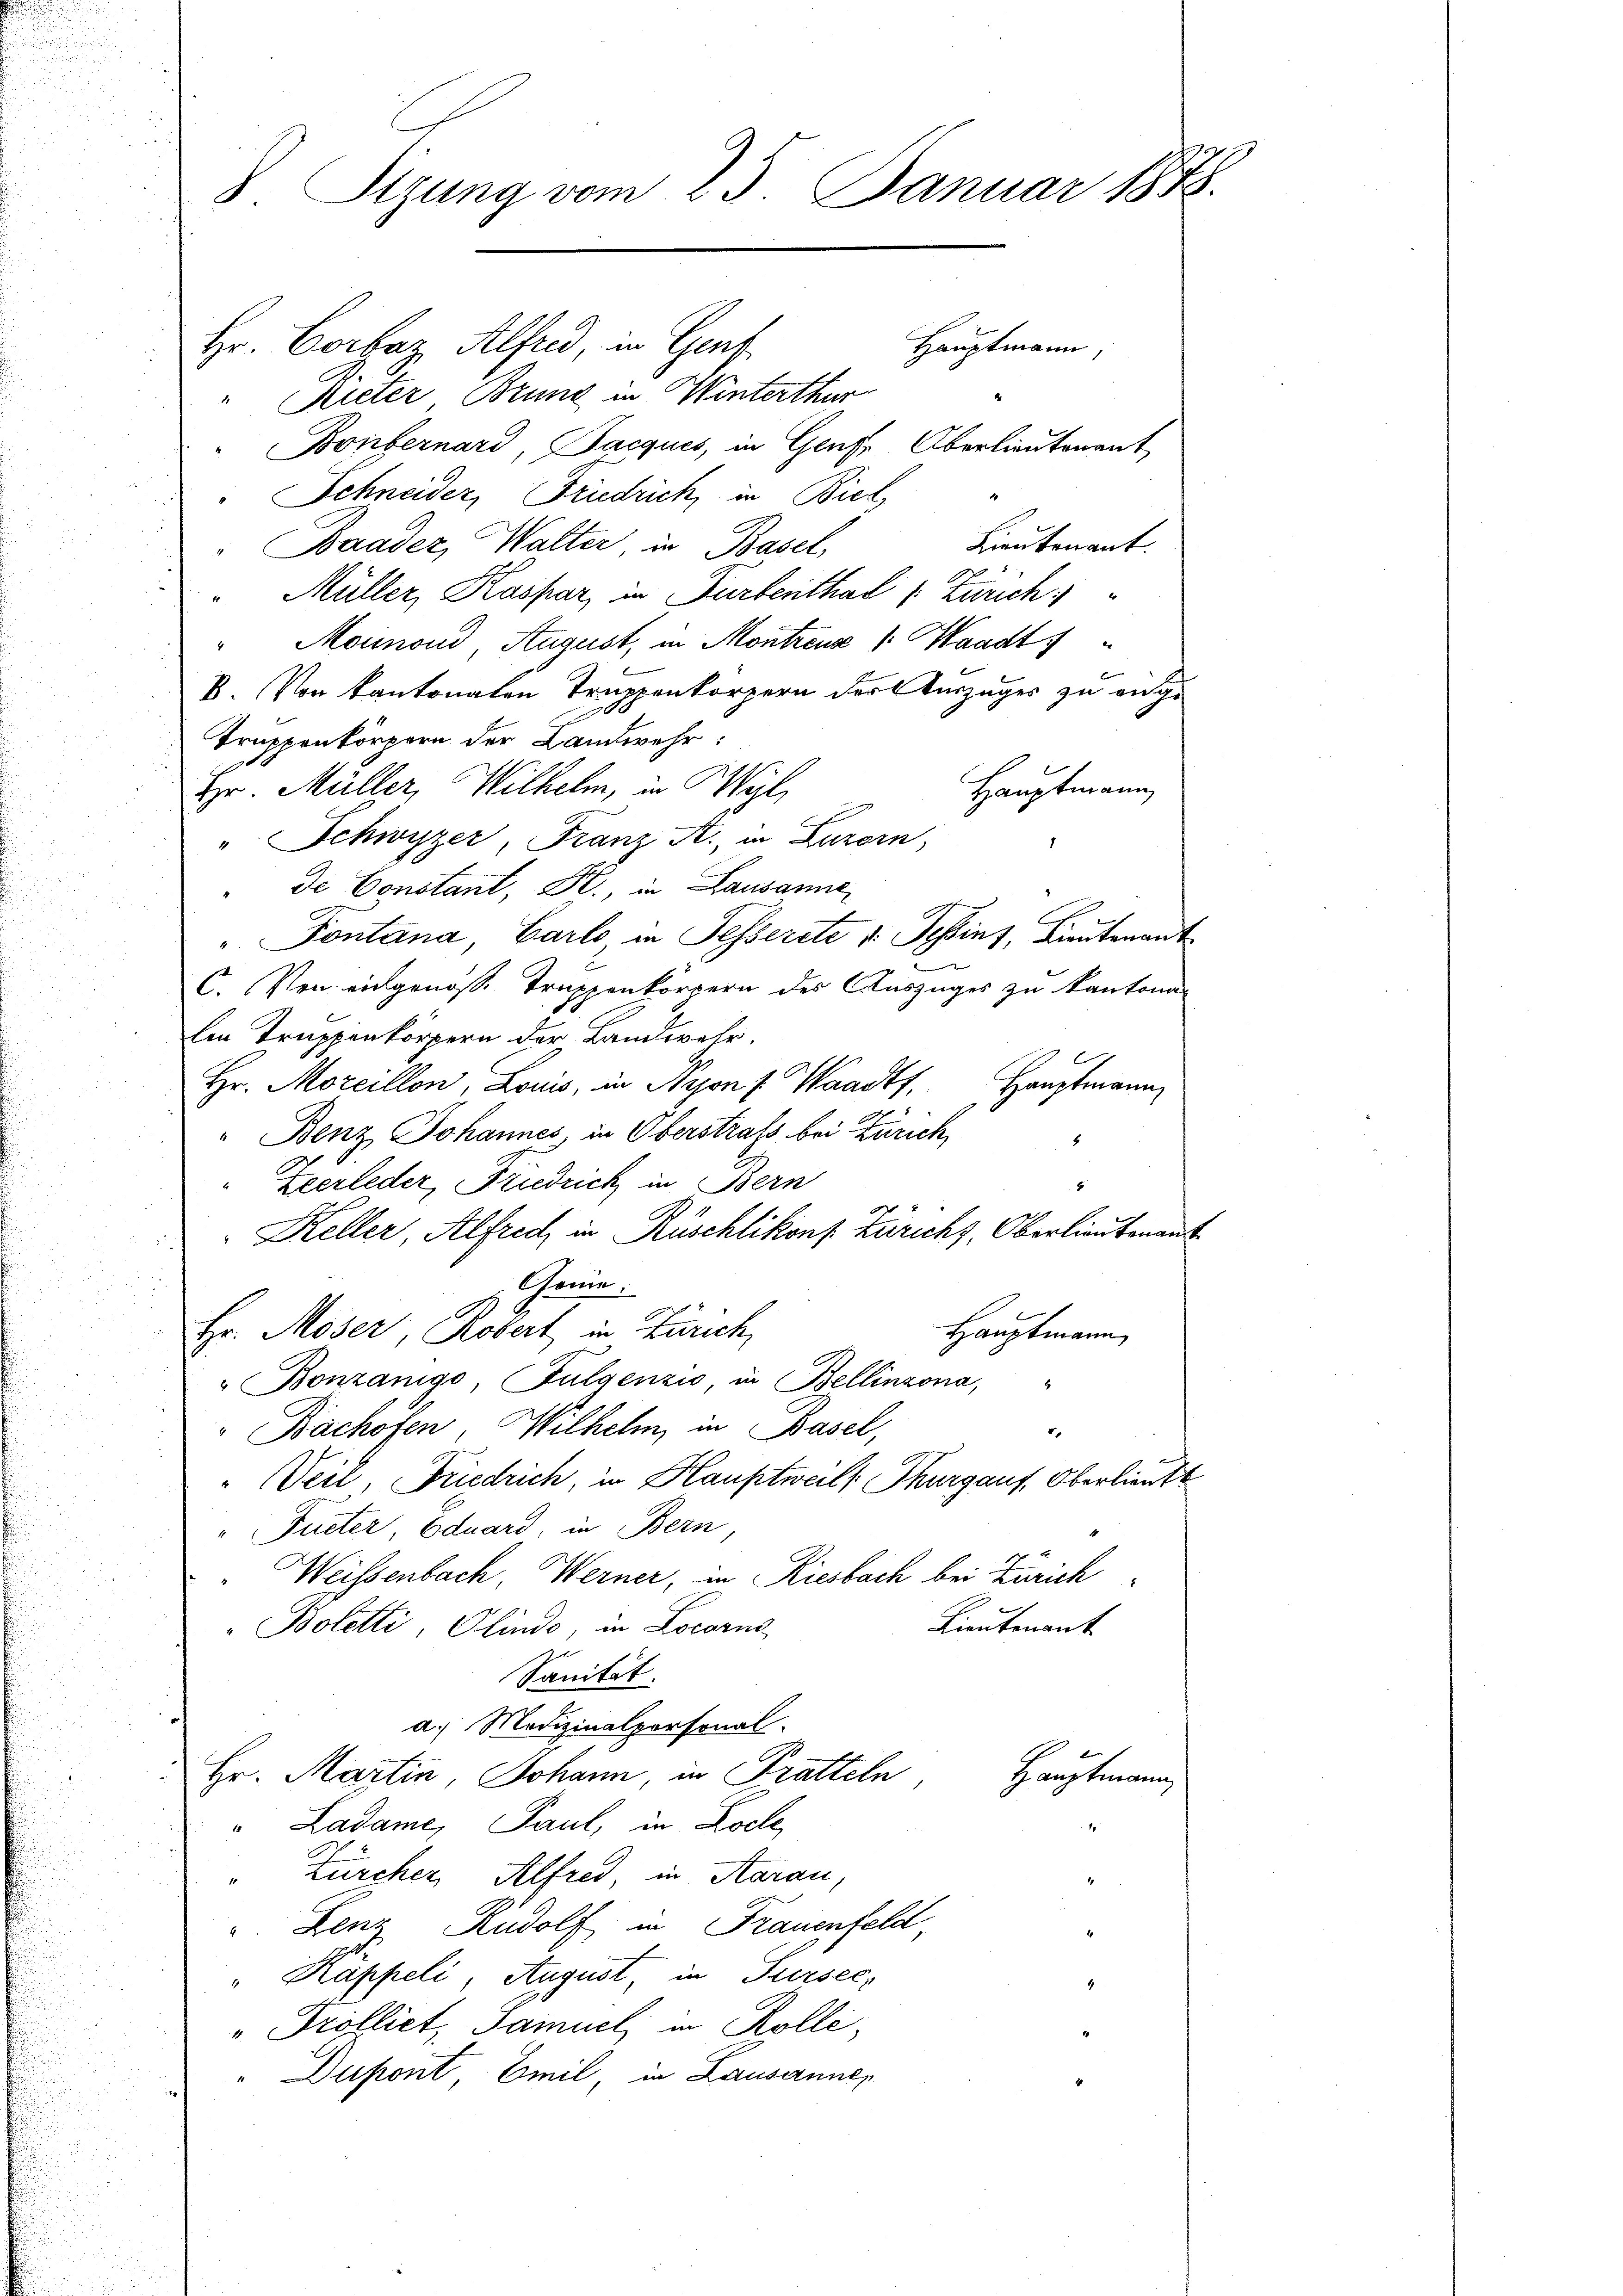
Sizung vom 25. Januar 1848.

Hr. Corbaz Alfred, in Genf
Hauptmann,
Rieter Brung in Winterthur
Bonbernard, Jacques, in Genf, Oberlieutenant,
Schneider, Friedrich, in Biel
Lieutenant.
Baader, Walter, in Basel,
 Müller, Kaspar, in Turbenthal Zürich,
"Maimond August, in Montreuz /: Waadt
B. Von Kantonalen Truppenkörpern der Auszuges zu ange
Truppenkörpern der Landwehr:
Hr. Müller, Wilhelm, in Wyl
Hauptmann
" Schwyzer, Franz K., in Luzern,
de Constant, Pr. in Lausanne
" Pontana Carlo in Fesserste v. Schinz, Lieutenan
t
C. Von eingenosse Truppenkörpern des Auszuges zu Kantona
len Truppenkörpern der Landwehr.
Hr. Morcillon, Louis, in Nyon, Waadt,
Hauptmann
" Benz Johannes, in Oberstrafs bei Zürich,
Zeerleder, Friedrich in Bern
Keller, Alfrech in Rüschlikons Züricht, Oberlieutenan
Chemie.
Hr. Moser, Robert in Zürich,
Hauptmann
"Bonzanigo Fulgenzio, in Bellinzona,
" Bachofen, Wilhelm, in Basel,
"Veil, Friedrich, in Hauptweil, Thurgaus, Oberlieut.
"Fueter, Eduard, in Bern
Weisenbach, Werner, in Riesbach bei Zürich
Lieutenant
Boletti Olindo, in Locarns
Sanität.
a.) Medizinalpersonal-
Hr. Martin Johann, in Pratteln
Hauptmann,
"Ladame, Paul, in Loche
1
Zürcher, Alfred, in Aarau,
1
" Lenz, Rudolf in Frauenfeld
" Käppeli, August, in Sursec
"Trolliet, Samuel in Kolle,
" Dupont, Emil in Lausannen

t